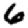
Digit: 6